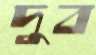
দুব